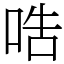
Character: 哠